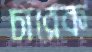
চারেক